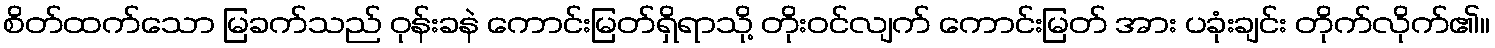
စိတ်ထက်သော မြခက်သည် ဝုန်းခနဲ ကောင်းမြတ်ရှိရာသို့ တိုးဝင်လျက် ကောင်းမြတ် အား ပခုံးချင်း တိုက်လိုက်၏။